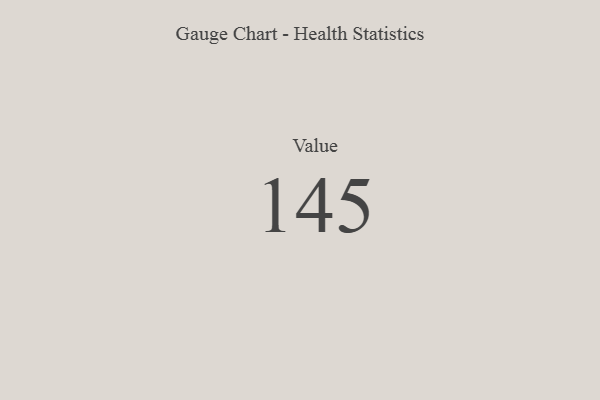
{"axis": {"x": "Metric", "y": "Value"}, "legend": [""], "data": [{"x": "Value", "y": 145, "type": ""}]}